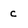
Character: c